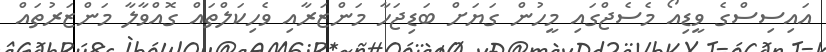
އައިސިސްގެ ވީޑިއޯ މެސެޖްގައި މީހުން ގަޔަށް ބަޑިޖަހާ މަންޒަރާއި ވެހިކަލްތައް ގޮއްވާލާ މަންޒަރުތައް